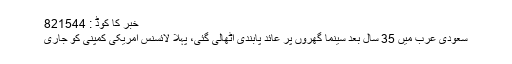
خبر کا کوڈ : 821544
سعودی عرب میں 35 سال بعد سینما گھروں پر عائد پابندی اٹھالی گئی، پہلا لائسنس امریکی کمپنی کو جاری